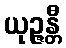
ယုဉ္ဇန္တီ